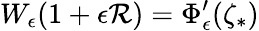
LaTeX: W_{\epsilon}(1+\epsilon\mathcal{R})=\Phi_{\epsilon}^{\prime}(\zeta_{*})